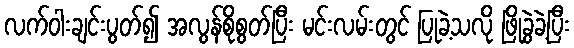
လက်ဝါးချင်းပွတ်၍ အလွန်စိုစွတ်ပြီး မင်းလမ်းတွင် ပြုခဲ့သလို ဖြိုခွဲခဲ့ပြီး